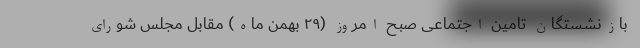
بازنشستگان تامین اجتماعی صبح امروز (۲۹ بهمن ‌ماه) مقابل مجلس شورای